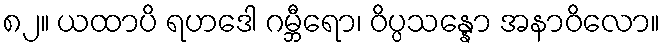
၈၂။ ယထာပိ ရဟဒေါ ဂမ္ဘီရော၊ ဝိပ္ပသန္နော အနာဝိလော။